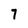
Character: 7